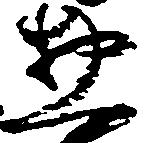
惣